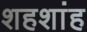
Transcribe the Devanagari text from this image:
शहशांह